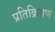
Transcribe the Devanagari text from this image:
प्रतिक्रियण